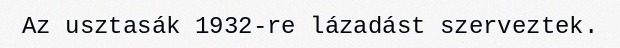
Az usztasák 1932-re lázadást szerveztek.